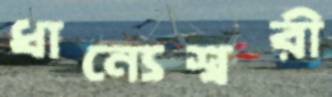
ধান্যেশ্বরী